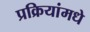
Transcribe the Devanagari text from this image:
प्रक्रियांमधे